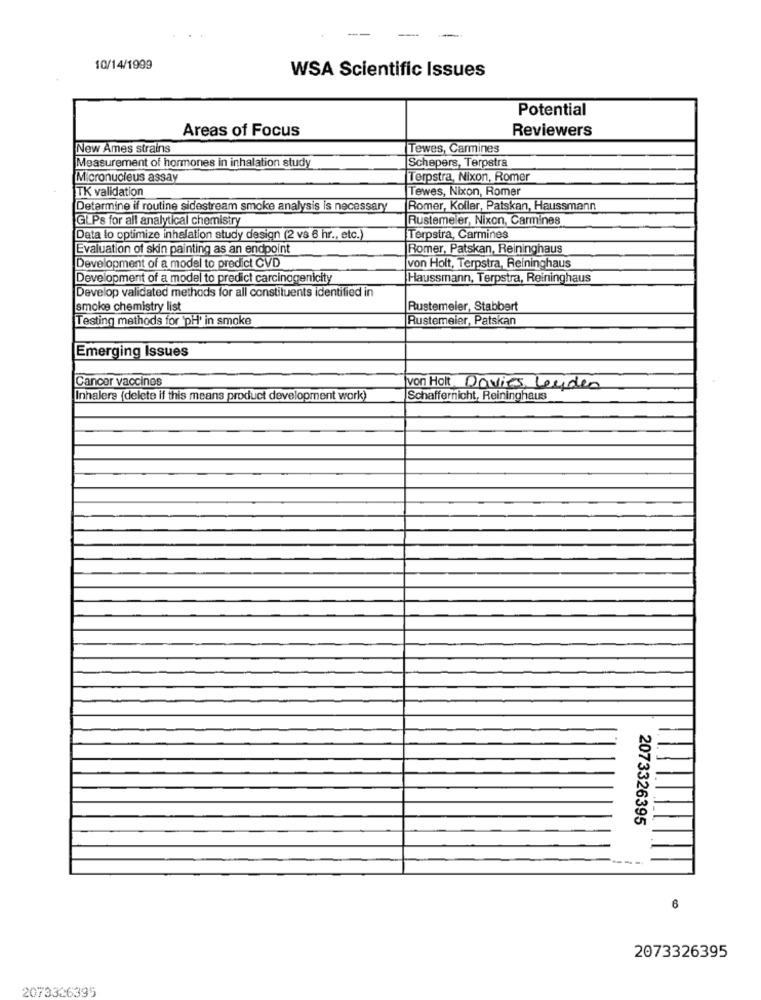
-
10/14/1999
WSA Scientific Issues
Potential
Areas of Focus
Reviewers
New Ames strains
Tewes, Carmines
Measurement of hormones in inhalation study
Schepers, Terpstra
Micronucleus assay
Terpstra, Nixon, Romer
TK validation
Tewes, Nixon, Romer
Determine if routine sidestream smoke analysis is necessary
Romer, Koller, Patskan, Haussmann
GLPs for all analytical chemistry
Rustemeler, Nixon, Carmines
Data lo optimize inhalation study design (2 vs 6 hr ., etc.
Terpstra, Carmines
Evaluation of skin painting as an endpoint
Romer, Patskan, Reininghaus
Development of a model to predict CVD
von Holt, Terpstra, Reininghaus
Development of a model to predict carcinogenicity
Haussmann, Terpstra, Reininghaus
Develop validated methods for all constituents identified in
smoke chemistry list
Rustemeier, Stabbert
Testing methods for 'pH' in smoke
Rustemeier, Patskan
Emerging Issues
Cancer vaccines
von Holt Davies Leyden
Inhalers (delete if this means product development work)
Schaffernicht, Reininghaus
2073326395
6
2073326395
2073326395